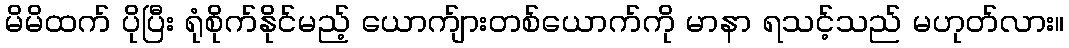
မိမိထက် ပိုပြီး ရုံစိုက်နိုင်မည့် ယောက်ျားတစ်ယောက်ကို မာနာ ရသင့်သည် မဟုတ်လား။